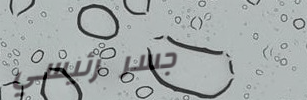
جسر رئيسي